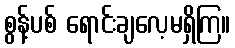
စွန့်ပစ် ရောင်းချလေ့မရှိကြ။